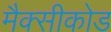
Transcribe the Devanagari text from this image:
मैक्सीकोड